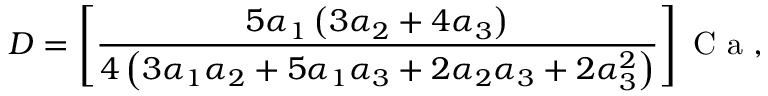
D = \left[ \frac { 5 \alpha _ { 1 } \left( 3 \alpha _ { 2 } + 4 \alpha _ { 3 } \right) } { 4 \left( 3 \alpha _ { 1 } \alpha _ { 2 } + 5 \alpha _ { 1 } \alpha _ { 3 } + 2 \alpha _ { 2 } \alpha _ { 3 } + 2 \alpha _ { 3 } ^ { 2 } \right) } \right] \mathrm { ~ C ~ a ~ } ,